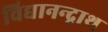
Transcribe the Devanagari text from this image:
विद्यानन्द्नाथ